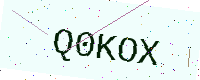
Text: Q0KOX